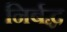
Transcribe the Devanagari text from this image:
निर्बद्ध